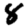
Digit: 8